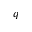
q